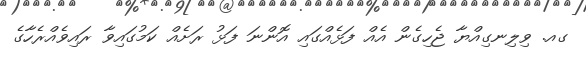
ގއ. ވިލިނގިއްޔާ ޖެހިގެން އެއް ފަޅެއްގައި އޮންނަ ފަޅު ރަށެއް ކަމުގައިވާ ރައިވެއްރެހާގެ